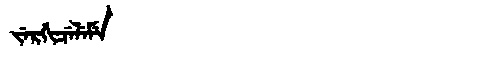
Manchu: ᠵᡝᡵᡤᡳᠴᡝᠯᡝᠮᡝ
Romanization: JERGICELEME